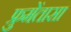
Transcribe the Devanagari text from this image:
फ्रुमेंतासा